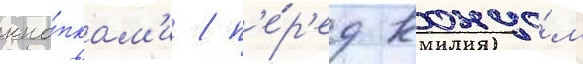
кно́пкам'и / п'е́р'ед концо́м